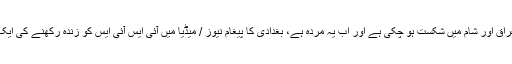
دولت اسلامیہ کو بری طرح سےعراق اور شام میں شکست ہو چکی ہے اور اب یہ مردہ ہے، بغدادی کا پیغام نیوز / میڈیا میں آئی ایس آئی ایس کو زندہ رکھنے کی ایک مایوس کن اور ناکام کوشش ہے ۔